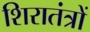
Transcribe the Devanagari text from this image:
शिरातंत्रों